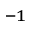
^ { - 1 }